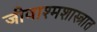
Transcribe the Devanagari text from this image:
जीवाश्मशास्त्रात